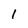
Character: l